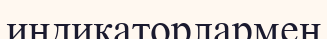
индикаторлармен